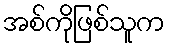
အစ်ကိုဖြစ်သူက